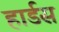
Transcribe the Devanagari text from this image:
हार्डस